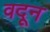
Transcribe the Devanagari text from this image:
वदून